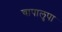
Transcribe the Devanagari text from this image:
चापालुपा